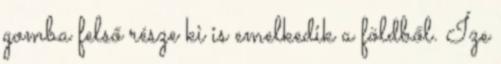
gomba felső része ki is emelkedik a földből. Íze